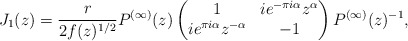
\begin{align*}J_1(z)=\frac{r}{2f(z)^{1/2}}P^{(\infty)}(z)\begin{pmatrix}1&ie^{-\pi i\alpha}z^\alpha\\ie^{\pi i\alpha}z^{-\alpha}&-1\end{pmatrix} P^{(\infty)}(z)^{-1},\end{align*}